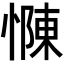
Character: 𢠣